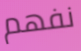
نفهم